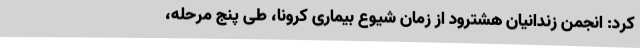
کرد: انجمن زندانیان هشترود از زمان شیوع بیماری کرونا، طی پنج مرحله،